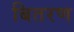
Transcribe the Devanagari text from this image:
बितरण